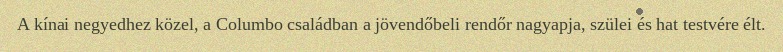
A kínai negyedhez közel, a Columbo családban a jövendőbeli rendőr nagyapja, szülei és hat testvére élt.